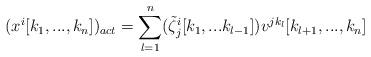
LaTeX: \begin{align*}(x^{i}[k_{1},...,k_{n}])_{act}=\sum_{l=1}^{n}(\tilde{\zeta}^{i}_{j}[k_{1},...k_{l-1}])v^{jk_{l}} [k_{l+1},...,k_{n}]\end{align*}